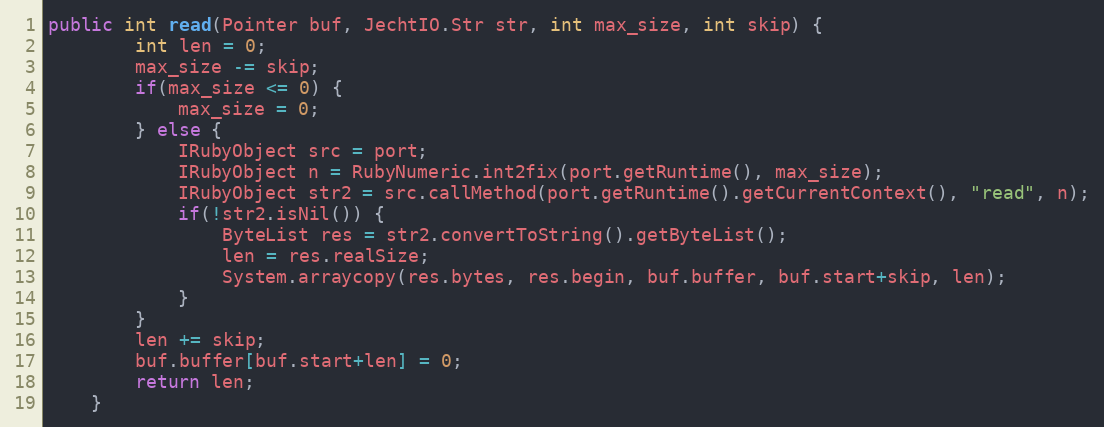
Language: Java
public int read(Pointer buf, JechtIO.Str str, int max_size, int skip) {
        int len = 0;
        max_size -= skip;
        if(max_size <= 0) {
            max_size = 0;
        } else {
            IRubyObject src = port;
            IRubyObject n = RubyNumeric.int2fix(port.getRuntime(), max_size);
            IRubyObject str2 = src.callMethod(port.getRuntime().getCurrentContext(), "read", n);
            if(!str2.isNil()) {
                ByteList res = str2.convertToString().getByteList();
                len = res.realSize;
                System.arraycopy(res.bytes, res.begin, buf.buffer, buf.start+skip, len);
            }
        }
        len += skip;
        buf.buffer[buf.start+len] = 0;
        return len;
    }